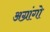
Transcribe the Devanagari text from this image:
अग्रांगो